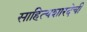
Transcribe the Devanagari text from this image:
साहित्यशारदेची